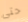
حتى